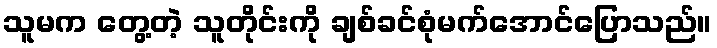
သူမက တွေ့တဲ့ သူတိုင်းကို ချစ်ခင်စုံမက်အောင်ပြောသည်။